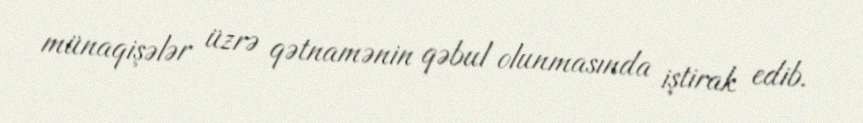
münaqişələr üzrə qətnamənin qəbul olunmasında iştirak edib.